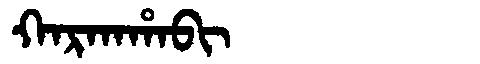
Manchu: ᡴᠠᡵᡴᠠᡥᠠᠪᡳ
Romanization: KARKAHABI